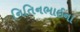
નિતિનભાઈના